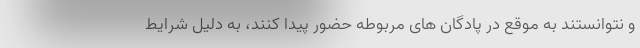
و نتوانستند به موقع در پادگان های مربوطه حضور پیدا کنند، به دلیل شرایط